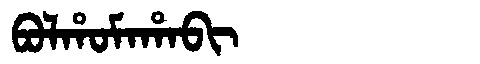
Manchu: ᠪᠣᠯᡥᠣᠮᠠᡥᠠᠪᡳ
Romanization: BOLHOMAHABI